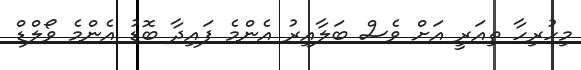
މިހުރިހާ ތިއަރީ އަށް ވެސް ބަލާއިރު އެންމެ ފައިދާ ބޮޑު އެންމެ ވޯލްޑް